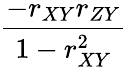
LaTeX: \frac{-r_{XY}r_{ZY}}{1-r_{XY}^{2}}